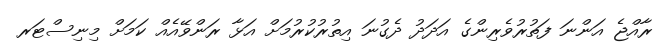
ރާއްޖެ އަންނަ ފަތުރުވެރިންގެ އަދަދު ދެގުނަ އިތުރުކުރުމަށް އަޅާ ރަންވޭއެއް ކަމަށް މިނިސްޓަރ